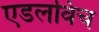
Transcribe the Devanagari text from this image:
एडलविच